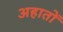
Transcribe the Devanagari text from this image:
अहातों